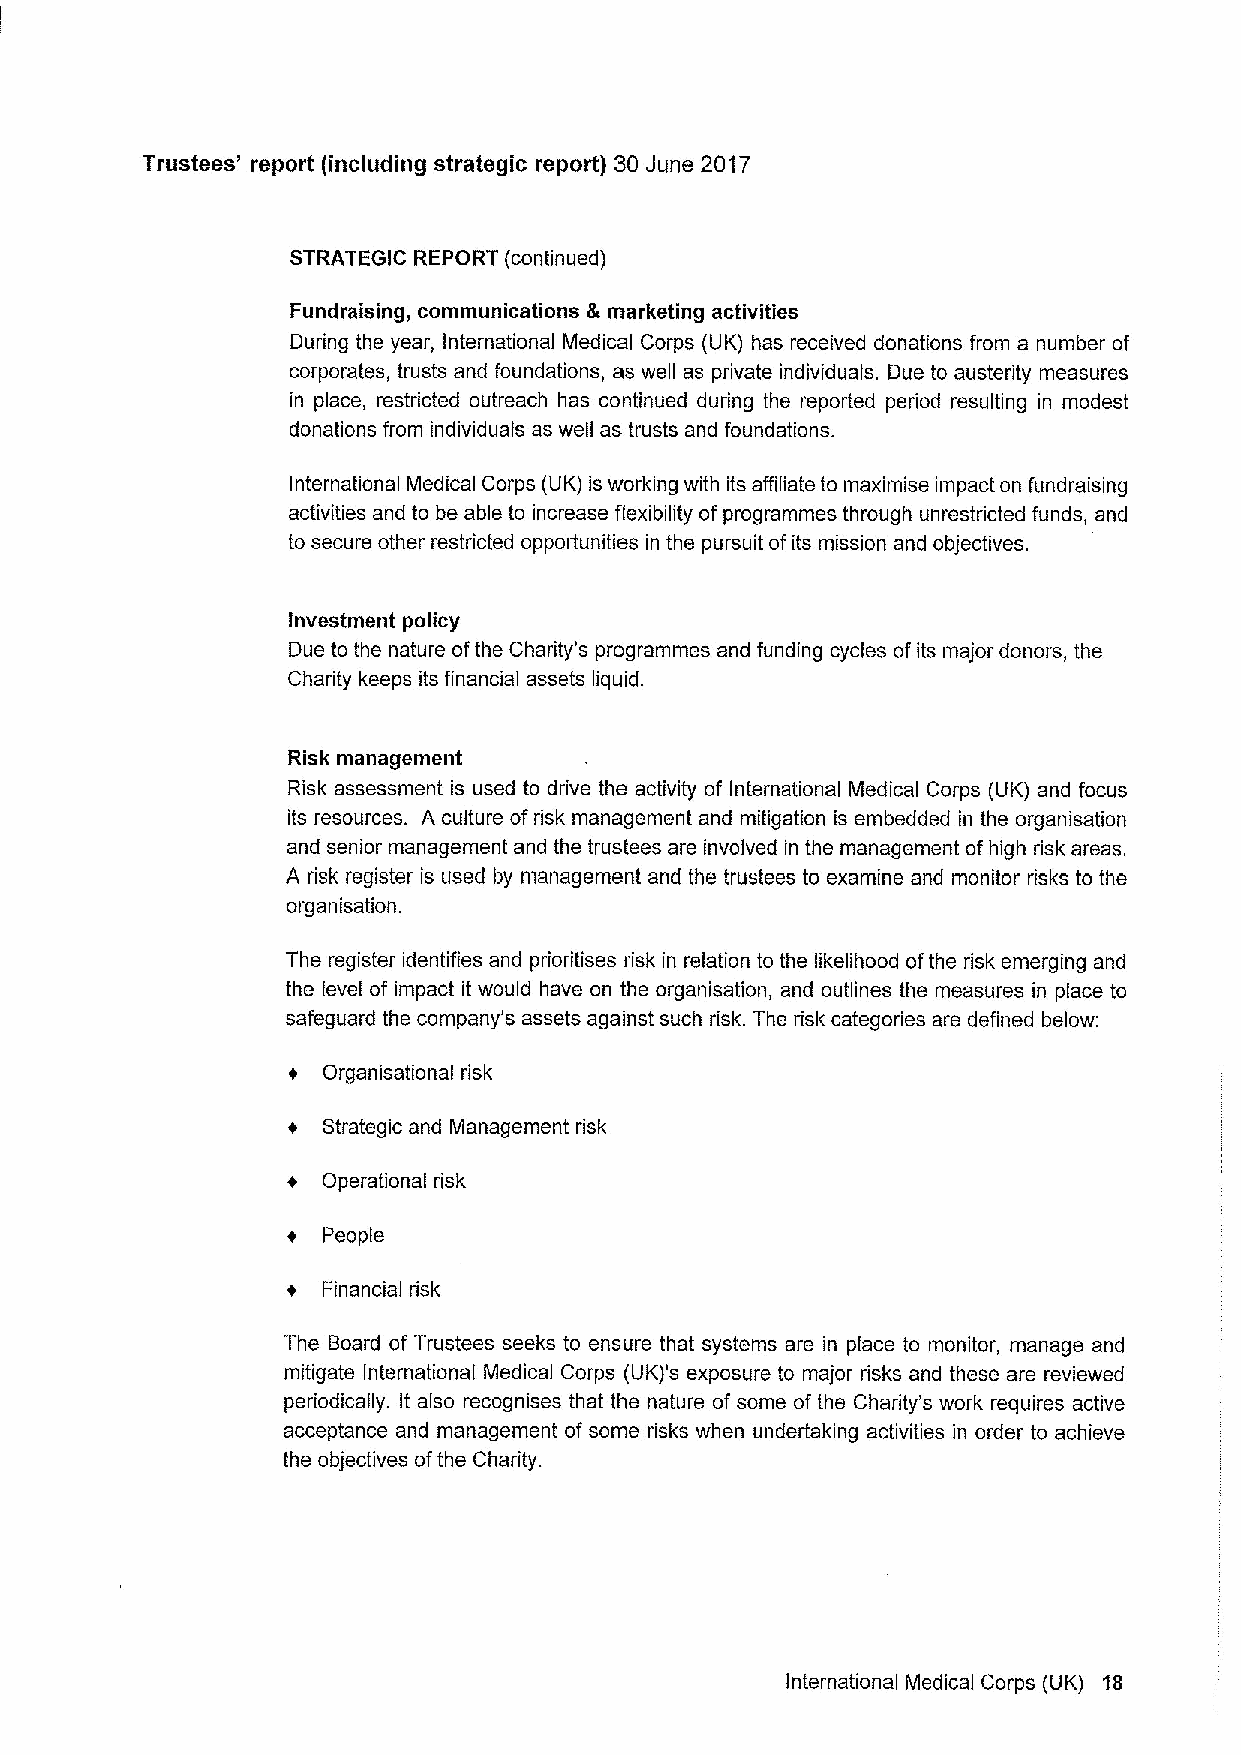
Trustees' report (including strategic report) 30 June 2017
 STRATEGIC REPORT (continued)
 Fundraising, communications &marketing activities
 During the year, International Medical Corps (UK) has received donations from a number of
 corporates, trusts and foundations, as well as private individuals. Due to austerity measures
 in place, restricted outreach has continued during the reported period resulting in modest
 donations from individuals as well as trusts and foundations.
 International Medical Corps (UK) is working with its affiliate to maximise impact on fundraising
 activities and to be able to increase flexibility of programmes through unrestricted funds, and
 to secure other restricted opportunities in the pursuit ofits mission and objectives.
 Investment policy
 Due to the nature ofthe Charity's programmes and funding cycles ofits major donors, the
 Charity keeps its financial assets liquid.
 Risk management
 Risk assessment is used to drive the activity of International Medical Corps (UK) and focus
 its resources. A culture ofrisk management and mitigation is embedded in the organisation
 and senior management and the trustees are involved in the management ofhigh risk areas.
 A risk register is used by management and the trustees to examine and monitor risks to the
 organisation.
 The register identifies and prioritises risk in relation to the likelihood ofthe risk emerging and
 the level of impact it would have on the organisation, and outlines the measures in place to
 safeguard the company's assets against such risk. The risk categories are defined below:
 Organisational risk
 Strategic and Management risk
 + Operational risk
 People
 + Financial risk
 The Board of Trustees seeks to ensure that systems are in place to monitor, manage and
 mitigate International Medical Corps (UK)'s exposure to major risks and these are reviewed
 periodically. It also recognises that the nature of some of the Charity's work requires active
 acceptance and management of some risks when undertaking activities in order to achieve
 the objectives ofthe Charity.
 International Medical Corps (UK) 18